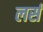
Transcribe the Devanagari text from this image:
लर्स